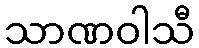
သာဏဝါသီ